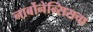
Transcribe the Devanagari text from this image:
नार्बोनेन्सिसचा